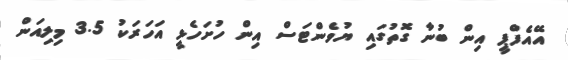
އޭއެފްޕީ އިން ބުނާ ގޮތުގައި ޔުވެންޓަސް އިން ހުށަހެޅީ އަހަރަކު 3.5 މިލިއަން